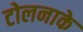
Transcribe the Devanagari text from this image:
टोलनाके